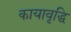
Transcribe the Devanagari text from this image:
कायावृद्धि